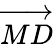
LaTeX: \overrightarrow{MD}